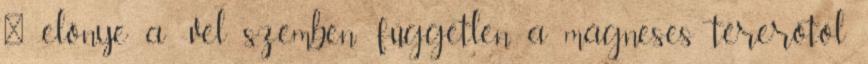
 előnye a -vel szemben: független a mágneses térerőtől.